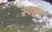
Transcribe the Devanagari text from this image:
स्पष्टच